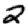
Digit: 2